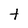
Character: t